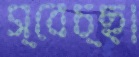
স্বেচ্ছা